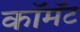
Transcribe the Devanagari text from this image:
कॉमॅट